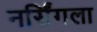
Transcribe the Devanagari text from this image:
नर्सिंगला